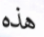
هذه